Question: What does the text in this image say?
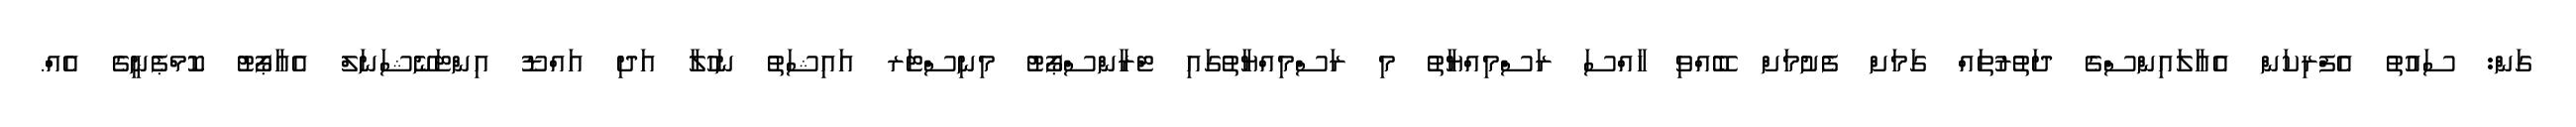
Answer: ގަން: ސައުތު އެފްރިކަން އެއާލައިންސްގެ ދަތުރުތައް ގަމަށް ފެށުމަށް ބޭއްވި ހާއްސަ ރަސްމިއްޔާތު މި ރަސްމިއްޔާތުގައި ޓްރާންސްޕޯޓު މިނިސްޓަރ އައިޝަތު ނަހުލާ އަދި އައްޑޫ އިންޓަނޭޝަނަލް އެއާޕޯޓު ކޮމްޕެނީގެ އެއްް.